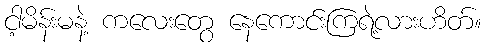
ငါ့မိန်းမနဲ့ ကလေးတွေ နေကောင်းကြရဲ့လားဟိတ်။